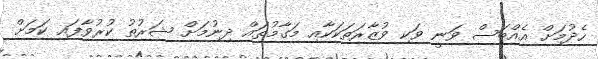
ހެދުމަށް އެއްބަސް ވަނީ ވަކި ވުޒާރަތަކަކާއި މަގާމުތައް ދިނުމަށް ޝަރުތު ކުރުވާފައި ކަމަށް